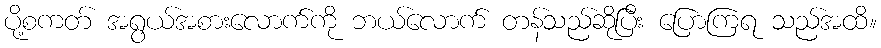
ပို့စကတ် အရွယ်အစားလောက်ကို ဘယ်လောက် တန်သည်ဆိုပြီး ပြောကြရ သည်အထိ။